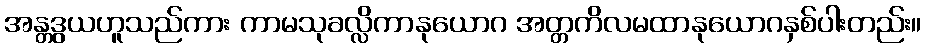
အန္တဒွယဟူသည်ကား ကာမသုခလ္လိကာနုယောဂ အတ္တကိလမထာနုယောဂနှစ်ပါးတည်း။